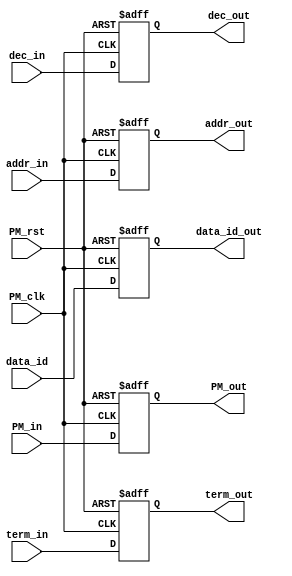
module PM_mem(data_id,
			  PM_clk,
			  PM_rst,
		      PM_in,
//		      data_en,
		      addr_in,
		      dec_in,
		      term_in,
		      PM_out,
		      term_out,
		      addr_out,
//		      data_rdy,
		      dec_out,
		      data_id_out);
	input PM_clk,PM_rst,dec_in,term_in;
	input [1:0] addr_in;
	input [2:0] data_id;
	input [6:0] PM_in;
	output dec_out,term_out;
	output [1:0] addr_out;
	output [2:0] data_id_out;
	output [6:0] PM_out;
	reg dec_out,term_out;
	reg [1:0] addr_out;
	reg [2:0] data_id_out;
	reg [6:0] PM_out;

	always @(posedge PM_clk or negedge PM_rst) begin
		if (!PM_rst) begin
			dec_out <= 1'b0;
			addr_out <= 2'b00;
			PM_out <= 7'b0000000;
			data_id_out <= 3'b000;
			term_out <= 1'b1;
		end
		else
		begin
			dec_out <= dec_in;
			addr_out <= addr_in;
			PM_out <=PM_in;
			data_id_out <= data_id;
			term_out <= term_in;
		end
	end

endmodule